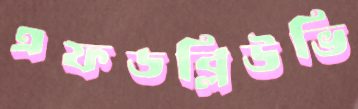
এফডব্লিউভি